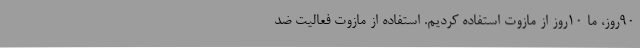
90روز، ما 10روز از مازوت استفاده کردیم. استفاده از مازوت فعالیت ضد